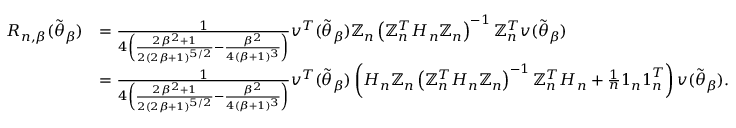
\begin{array} { r l } { R _ { n , \beta } ( \widetilde { \boldsymbol { \theta } } _ { \beta } ) } & { = \frac { 1 } { 4 \left( \frac { 2 \beta ^ { 2 } + 1 } { 2 ( 2 \beta + 1 ) ^ { 5 / 2 } } - \frac { \beta ^ { 2 } } { 4 ( \beta + 1 ) ^ { 3 } } \right) } \boldsymbol { v } ^ { T } ( \widetilde { \boldsymbol { \theta } } _ { \beta } ) \mathbb { Z } _ { n } \left( \mathbb { Z } _ { n } ^ { T } \boldsymbol { H } _ { n } \mathbb { Z } _ { n } \right) ^ { - 1 } \mathbb { Z } _ { n } ^ { T } \boldsymbol { v } ( \widetilde { \boldsymbol { \theta } } _ { \beta } ) } \\ & { = \frac { 1 } { 4 \left( \frac { 2 \beta ^ { 2 } + 1 } { 2 ( 2 \beta + 1 ) ^ { 5 / 2 } } - \frac { \beta ^ { 2 } } { 4 ( \beta + 1 ) ^ { 3 } } \right) } \boldsymbol { v } ^ { T } ( \widetilde { \boldsymbol { \theta } } _ { \beta } ) \left( \boldsymbol { H } _ { n } \mathbb { Z } _ { n } \left( \mathbb { Z } _ { n } ^ { T } \boldsymbol { H } _ { n } \mathbb { Z } _ { n } \right) ^ { - 1 } \mathbb { Z } _ { n } ^ { T } \boldsymbol { H } _ { n } + \frac { 1 } { n } \boldsymbol { 1 } _ { n } \boldsymbol { 1 } _ { n } ^ { T } \right) \boldsymbol { v } ( \widetilde { \boldsymbol { \theta } } _ { \beta } ) . } \end{array}